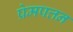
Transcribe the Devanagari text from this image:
प्रेमपत्तन